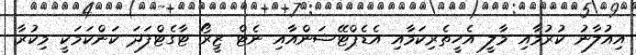
އިއުލާނު ކުރުމާއި މާލީ އެހީތެރިކަމާއި އެޑެޕްޓޭޝަންއާއި ނެޓް ޒީރޯ ޓާގެޓްފަދަ ކަންކަމަކީ މިކުރާ